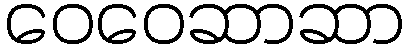
ဝေဝေဆာဆာ